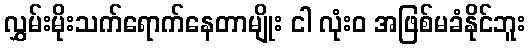
လွှမ်းမိုးသက်ရောက်နေတာမျိုး ငါ လုံးဝ အဖြစ်မခံနိုင်ဘူး